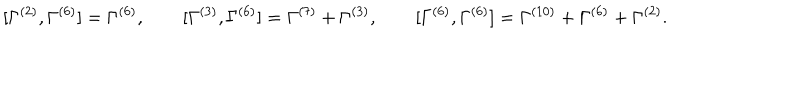
[ \Gamma ^ { ( 2 ) } , \Gamma ^ { ( 6 ) } ] = \Gamma ^ { ( 6 ) } , \qquad [ \Gamma ^ { ( 3 ) } , \Gamma ^ { ( 6 ) } ] = \Gamma ^ { ( 7 ) } + \Gamma ^ { ( 3 ) } , \qquad [ \Gamma ^ { ( 6 ) } , \Gamma ^ { ( 6 ) } ] = \Gamma ^ { ( 1 0 ) } + \Gamma ^ { ( 6 ) } + \Gamma ^ { ( 2 ) } .